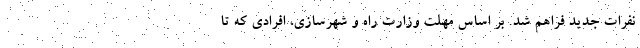
نفرات جدید فراهم شد. بر اساس مهلت وزارت راه و شهرسازی، افرادی که تا